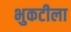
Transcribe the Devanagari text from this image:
भुकटीला